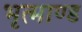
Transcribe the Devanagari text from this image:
भृत्माण्ड